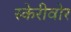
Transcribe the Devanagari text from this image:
स्केरीवोर